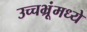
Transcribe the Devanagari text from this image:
उच्चभ्रूंमध्ये